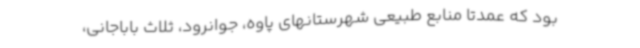
بود که عمدتا منابع طبیعی شهرستانهای پاوه، جوانرود، ثلاث باباجانی،